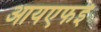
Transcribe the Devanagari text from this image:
आयएफई